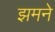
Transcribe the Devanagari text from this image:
झमने